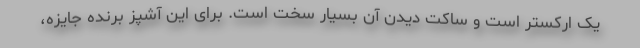
یک ارکستر است و ساکت دیدن آن بسیار سخت است. برای این آشپز برنده جایزه،